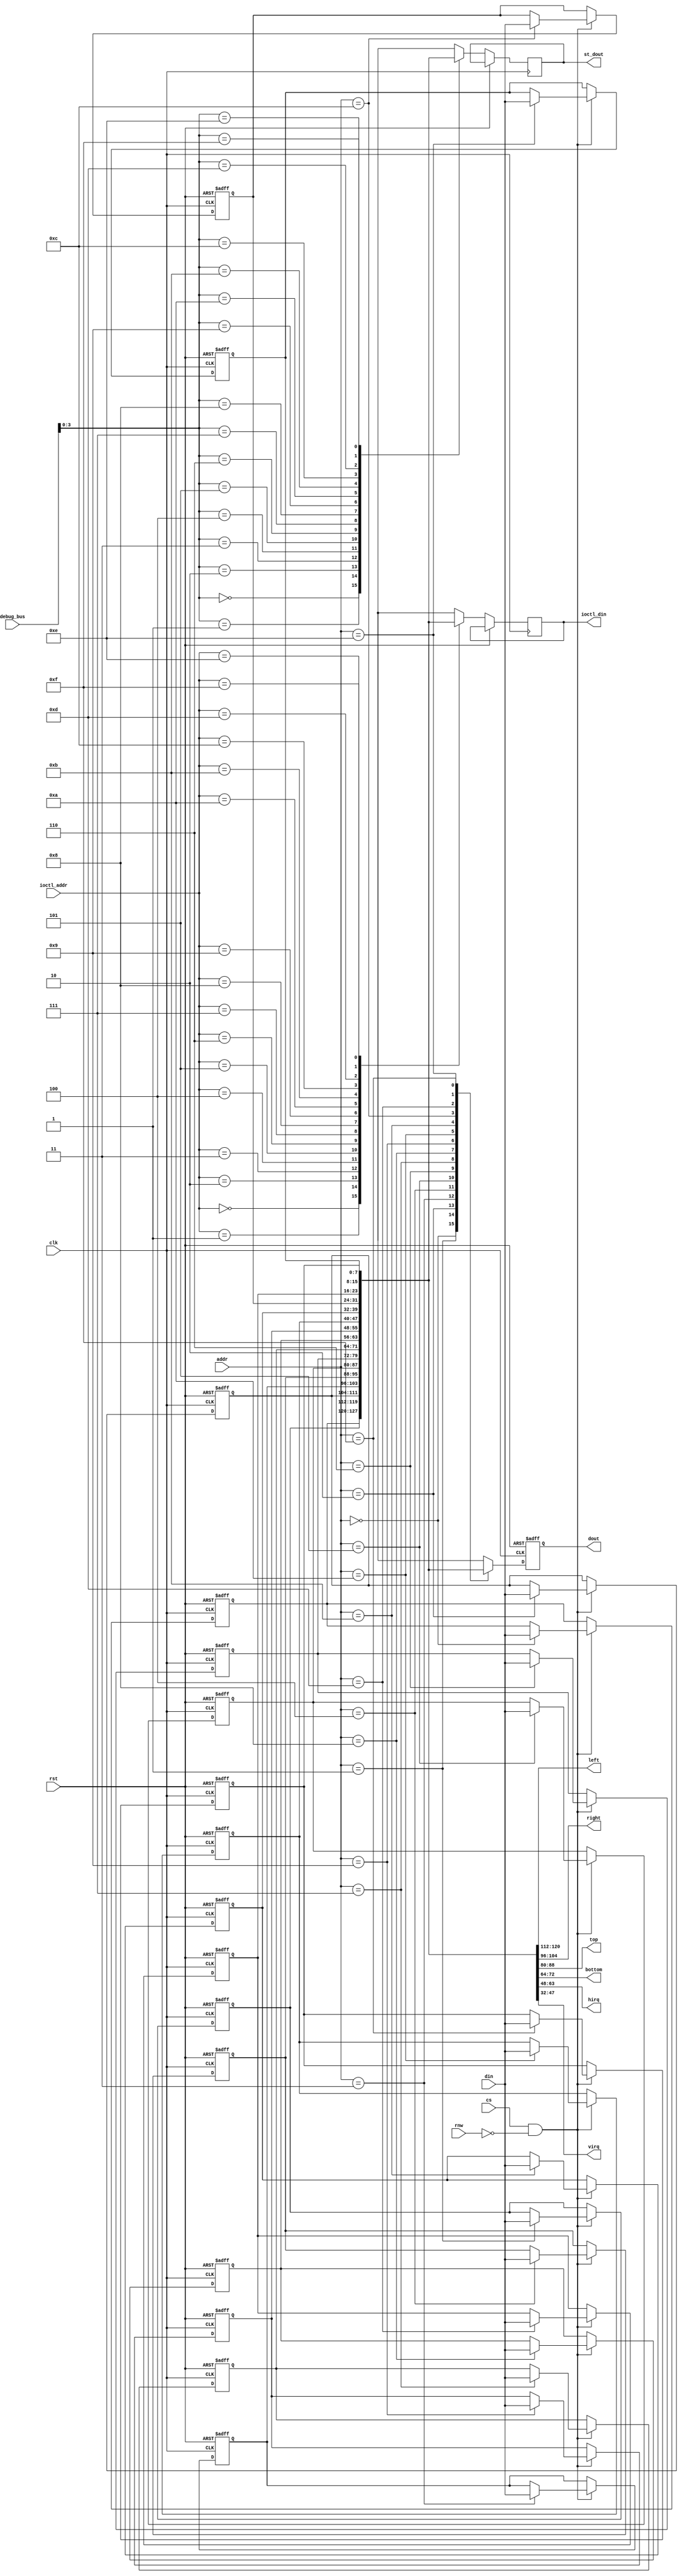
// This program was cloned from: https://github.com/MiSTeX-devel/MiSTeX-ports
// License: BSD 3-Clause "New" or "Revised" License

/*  This file is part of JTCORES.
    JTCORES program is free software: you can redistribute it and/or modify
    it under the terms of the GNU General Public License as published by
    the Free Software Foundation, either version 3 of the License, or
    (at your option) any later version.

    JTCORES program is distributed in the hope that it will be useful,
    but WITHOUT ANY WARRANTY; without even the implied warranty of
    MERCHANTABILITY or FITNESS FOR A PARTICULAR PURPOSE.  See the
    GNU General Public License for more details.

    You should have received a copy of the GNU General Public License
    along with JTCORES.  If not, see <http://www.gnu.org/licenses/>.

    Author: Jose Tejada Gomez. Twitter: @topapate
    Version: 1.0
    Date: 20-10-2023 */

module jtshouse_cus116_mmr(
    input             rst,
    input             clk,

    input             cs,
    input       [3:0] addr,
    input             rnw,
    input       [7:0] din, 
    output reg  [7:0] dout,
    
    output    [8:0] left,
    output    [8:0] right,
    output    [8:0] top,
    output    [8:0] bottom,
    output    [15:0] hirq,
    output    [15:0] virq,

    // IOCTL dump
    input      [3:0] ioctl_addr,
    output reg [7:0] ioctl_din,
    // Debug
    input      [7:0] debug_bus,
    output reg [7:0] st_dout
);

parameter SIMFILE="rest.bin",
          SEEK=0;

localparam SIZE=16;

reg  [ 7:0] mmr[0:SIZE-1];
integer     i;

assign left = { 
    mmr[0][0],
    mmr[1][7:0], {0{1'b0}}  // finish off without a comma
    };

assign right = { 
    mmr[2][0],
    mmr[3][7:0], {0{1'b0}}  // finish off without a comma
    };

assign top = { 
    mmr[4][0],
    mmr[5][7:0], {0{1'b0}}  // finish off without a comma
    };

assign bottom = { 
    mmr[6][0],
    mmr[7][7:0], {0{1'b0}}  // finish off without a comma
    };

assign hirq = { 
    mmr[8][7:0],
    mmr[9][7:0], {0{1'b0}}  // finish off without a comma
    };

assign virq = { 
    mmr[10][7:0],
    mmr[11][7:0], {0{1'b0}}  // finish off without a comma
    };


always @(posedge clk, posedge rst) begin
    if( rst ) begin
    `ifndef SIMULATION
        // no mechanism for default values yet
        mmr[0] <= 0;
        mmr[1] <= 0;
        mmr[2] <= 0;
        mmr[3] <= 0;
        mmr[4] <= 0;
        mmr[5] <= 0;
        mmr[6] <= 0;
        mmr[7] <= 0;
        mmr[8] <= 0;
        mmr[9] <= 0;
        mmr[10] <= 0;
        mmr[11] <= 0;
        mmr[12] <= 0;
        mmr[13] <= 0;
        mmr[14] <= 0;
        mmr[15] <= 0;
    `else
        for(i=0;i<SIZE;i++) mmr[i] <= mmr_init[i];
    `endif 
    dout <= 0;
    end else begin
        dout      <= mmr[addr];
        st_dout   <= mmr[debug_bus[3:0]];
        ioctl_din <= mmr[ioctl_addr];
        if( cs & ~rnw ) begin
            mmr[addr]<=din;
        end
    end
end

`ifdef SIMULATION
/* verilator tracing_off */
integer f, fcnt, err;
reg [7:0] mmr_init[0:SIZE-1];
initial begin
    f=$fopen(SIMFILE,"rb");
    err=$fseek(f,SEEK,0);
    if( f!=0 && err!=0 ) begin
        $display("Cannot seek file rest.bin to offset 0x%0X (%0d)",SEEK,SEEK);
    end
    if( f!=0 ) begin
        fcnt=$fread(mmr_init,f);
        $display("MMR %m - read %0d bytes from offset %0d",fcnt,SEEK);
        if( fcnt!=SIZE ) begin
            $display("WARNING: Missing %d bytes for %m.mmr",SIZE-fcnt);
        end else begin
            $display("\tleft = %X",{  mmr[0][0], mmr[1][7:0],{0{1'b0}}});
            $display("\tright = %X",{  mmr[2][0], mmr[3][7:0],{0{1'b0}}});
            $display("\ttop = %X",{  mmr[4][0], mmr[5][7:0],{0{1'b0}}});
            $display("\tbottom = %X",{  mmr[6][0], mmr[7][7:0],{0{1'b0}}});
            $display("\thirq = %X",{  mmr[8][7:0], mmr[9][7:0],{0{1'b0}}});
            $display("\tvirq = %X",{  mmr[10][7:0], mmr[11][7:0],{0{1'b0}}});
        end
    end
    $fclose(f);
end
`endif

endmodule